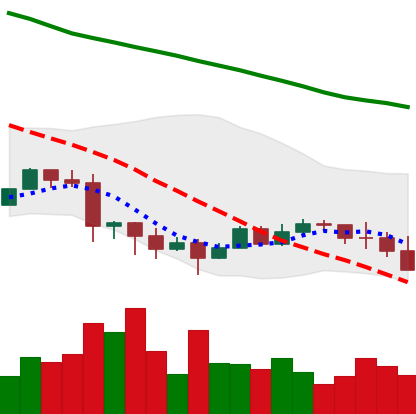
Ticker: EOS-USD
Chart end date: 2022-01-20
Forward return: -15.522%
Label: down_7plus